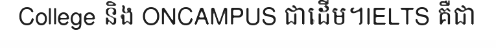
College និង ONCAMPUS ជាដើម។IELTS គឺជា